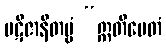
ပဋိဇာနိတဗ္ဗံ “ဣတိပေတံ